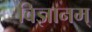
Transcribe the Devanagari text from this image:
विज्ञानम्